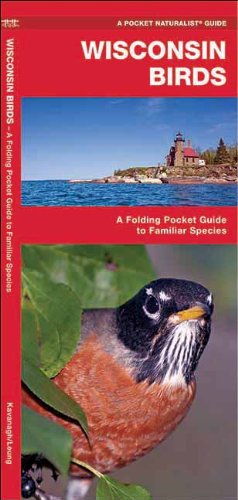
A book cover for Wisconsin Birds: A Folding Pocket Guide to Familiar Species (Pocket Naturalist Guide Series); James Kavanagh; Travel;